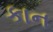
કાન